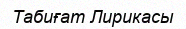
Табиғат Лирикасы